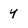
Character: y